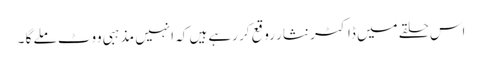
اس حلقے میں ڈاکٹر نثار روقع کر رہے ہیں کہ انہیں مذہبی ووٹ ملے گا ۔